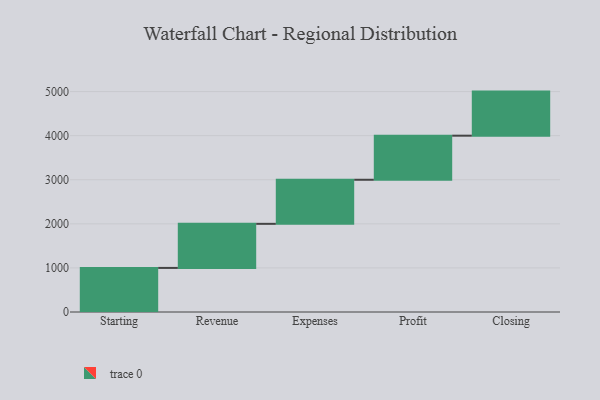
{"axis": {"x": "Step", "y": "Value"}, "legend": [""], "data": [{"x": "Starting", "y": 1000, "type": ""}, {"x": "Revenue", "y": 1000, "type": ""}, {"x": "Expenses", "y": 1000, "type": ""}, {"x": "Profit", "y": 1000, "type": ""}, {"x": "Closing", "y": 1000, "type": ""}]}